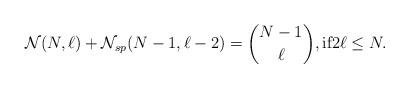
LaTeX: \begin{align*}{\cal{N}}(N,\ell) + {\cal{N}}_{sp}(N-1,\ell -2) = {N-1 \choose \ell},\mbox{if}2\ell \le N.\end{align*}